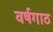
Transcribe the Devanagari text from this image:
वर्षगाठ